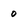
Character: 0